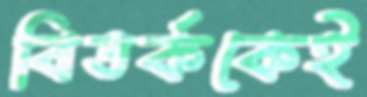
বিতর্ককেই